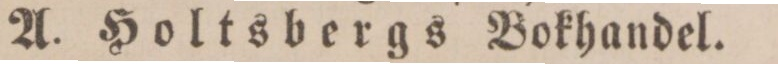
A. Holtsbergs Bokhandel.